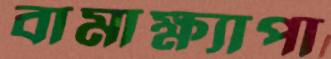
বামাক্ষ্যাপা